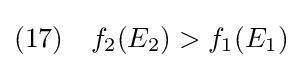
(17)\quad f_{2}(E_{2})>f_{1}(E_{1})